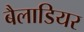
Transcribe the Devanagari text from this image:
बैलाडियर